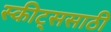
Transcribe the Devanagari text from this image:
स्कीट्ससाठी